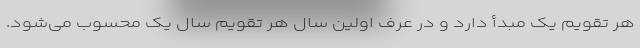
هر تقویم یک مبدأ دارد و در عرف اولین سال هر تقویم سال یک محسوب می‌شود.